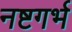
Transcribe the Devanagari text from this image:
नष्टगर्भ